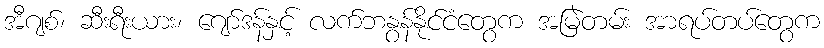
အီဂျစ်၊ ဆီးရီးယား၊ ဂျော်ဒန်နှင့် လက်ဘနွန်နိုင်ငံတွေက အမြဲတမ်း အာရပ်တပ်တွေက